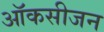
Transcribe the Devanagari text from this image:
ऑकसीजन